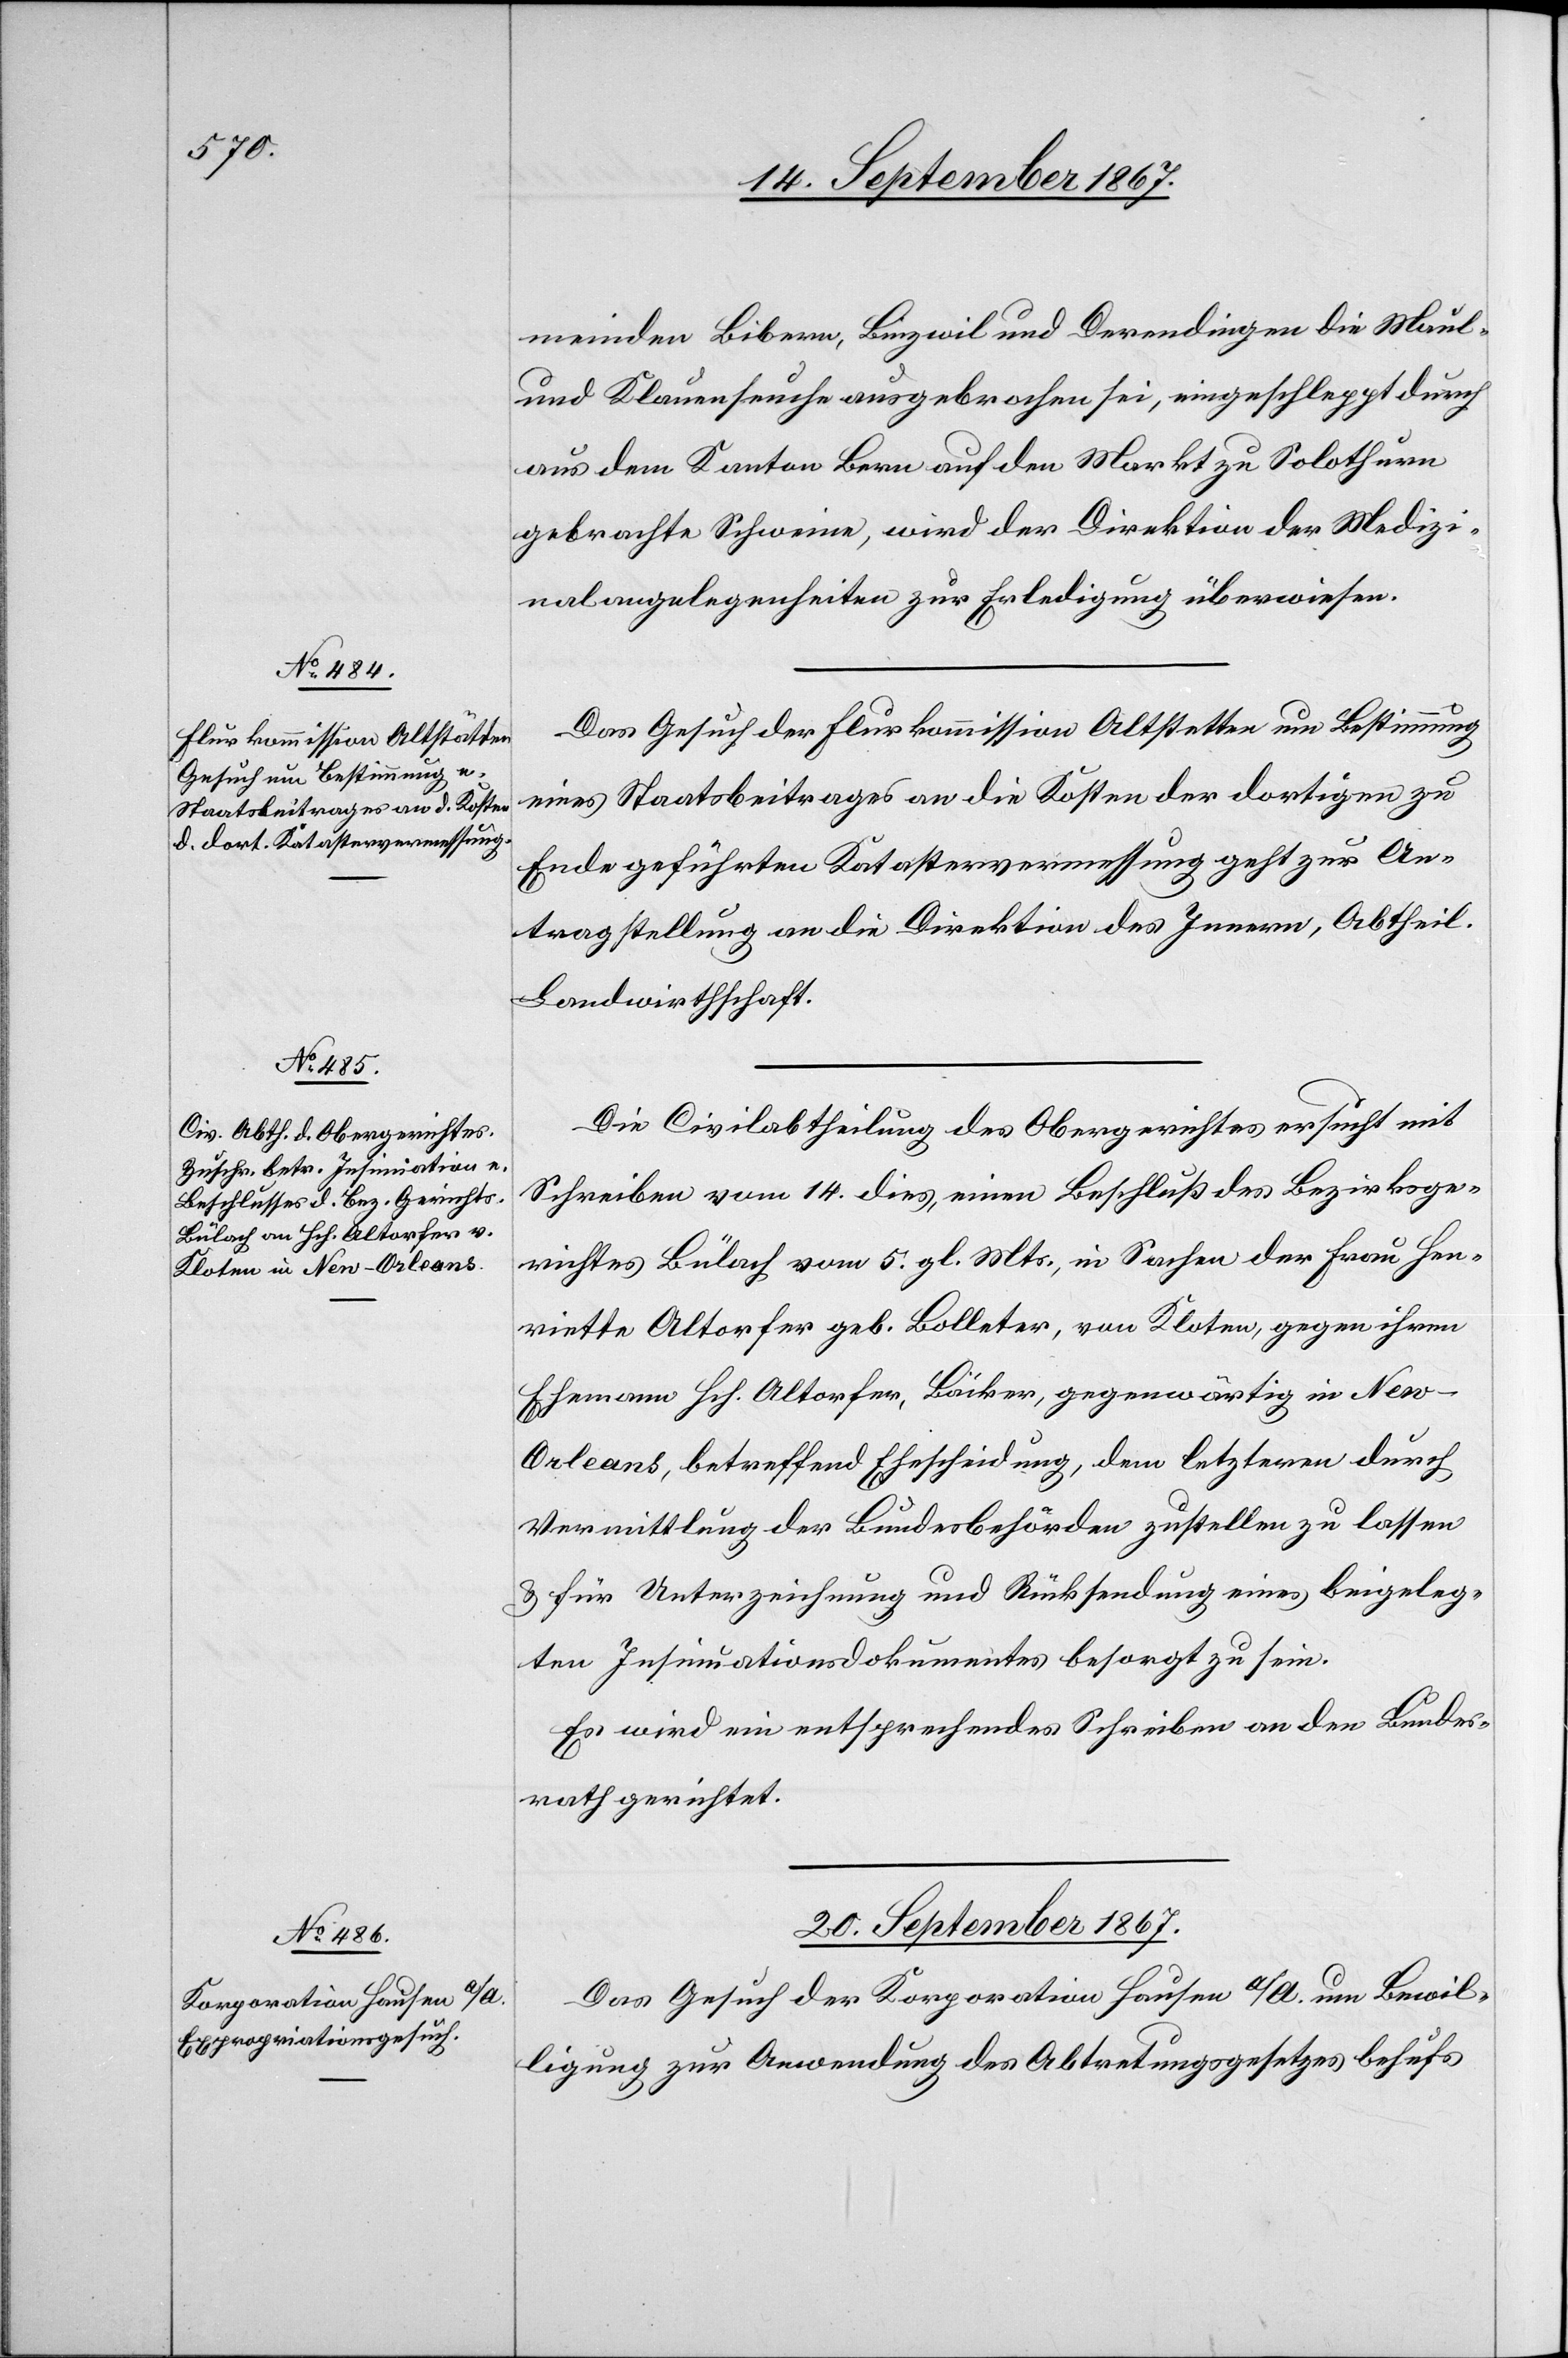
18. September 1867.]
meinden Bibern, Binzweil und Derendingen die Maul-
und Klauenseuche ausgebrochen sei, eingeschleppt durch
aus dem Kanton Bern auf den Markt zu Solothurn
gebrachte Schweine, wird der Direktion der Medizi¬
nalangelegenheiten zur Erledigung überwiesen.
Das Gesuch der Flurkommission Altstetten um Bestimmung
eines Staatsbeitrages an die Kosten der dortigen zu
Ende geführten Katastervermessung geht zur An¬
tragstellung an die Direktion des Innern, Abtheil.
Landwirthschaft.
Die Civilabtheilung des Obergerichtes ersucht mit
Schreiben vom 14. dies, einen Beschluß des Bezirksge¬
richtes Bülach vom 5. gl. Mts., in Sachen der Frau Hen¬
riette Altorfer geb. Bolleter, von Kloten, gegen ihren
Ehemann Hch. Altorfer, Bäcker, gegenwärtig in New-O¬
rleans, betreffend Ehescheidung, dem letztern durch
Vermittlung der Bundesbehörden zustellen zu lassen
u. für Unterzeichnung und Rücksendung eines beigeleg¬
ten Insinuationsdokumentes besorgt zu sein.
Es wird ein entsprechendes Schreiben an den Bundes¬
rath gerichtet.
20. September 1867.
Das Gesuch der Korporation Hausen a/A. um Bewil¬
ligung zur Anwendung des Abtretungsgesetzes behufs